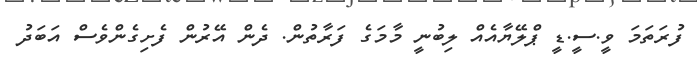
ފުރަތަމަ ވީ.ސީ.ޑީ ޕްލޭޔާއެއް ލިބުނީ މާމަގެ ފަރާތުން. ދެން އޭރުން ފެށިގެންވެސް އަބަދު